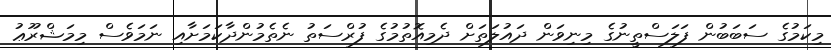
މިކަމުގެ ސަބަބުން ފަލަސްތީނުގެ މިނިވަން ދައުލަތަށް ދެމިއޮތުމުގެ ފުރްސަތު ނެތެމުންދާކަމަށާއި ނަމަވެސް މިމަޝްރޫޢު